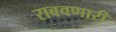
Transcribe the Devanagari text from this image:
राबवणारी